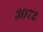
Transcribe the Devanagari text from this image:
३०७२